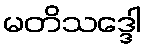
မတိသဒ္ဒေါ